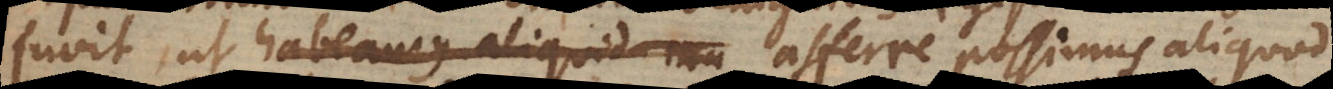
juvit, ut habeamus aliquid mun afferre possimus aliquod